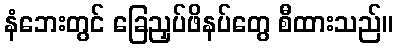
နံဘေးတွင် ခြေညှပ်ဖိနပ်တွေ စီထားသည်။